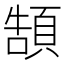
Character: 頶